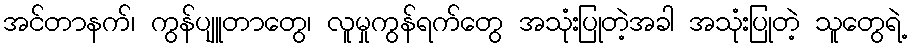
အင်တာနက်၊ ကွန်ပျူတာတွေ၊ လူမှုကွန်ရက်တွေ အသုံးပြုတဲ့အခါ အသုံးပြုတဲ့ သူတွေရဲ့